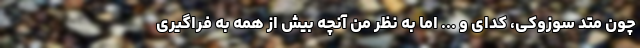
چون متد سوزوکی، کُدای و ... اما به نظر من آنچه بیش از همه به فراگیری